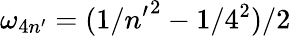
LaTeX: \omega_{4n^{\prime}}=(1/{n^{\prime}}^{2}-1/4^{2})/2